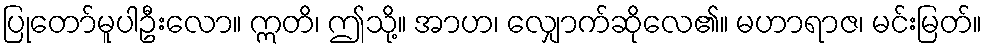
ပြုတော်မူပါဦးလော။ ဣတိ၊ ဤသို့။ အာဟ၊ လျှောက်ဆိုလေ၏။ မဟာရာဇ၊ မင်းမြတ်။